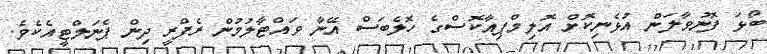
ބޯޅަ ފޮނުވާލަން އުޅެނިކޮށް އޮލިމްޕިއާކޮސްގެ ހޮލެބަސް އޭނާ ވައްޓާލުމުން ރެފްރީ ދިން ޕެނަލްޓީއެކެވެ.